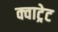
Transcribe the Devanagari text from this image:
क्वाट्रेट